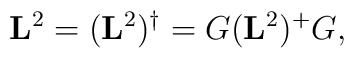
\mathbf{L}^2 = (\mathbf{L}^2)^\dagger = G (\mathbf{L}^2)^+ G,